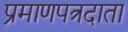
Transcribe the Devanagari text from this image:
प्रमाणपत्रदाता